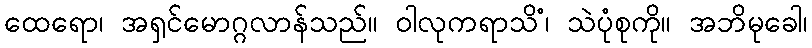
ထေရော၊ အရှင်မောဂ္ဂလာန်သည်။ ဝါလုကရာသိံ၊ သဲပုံစုကို။ အဘိမုခေါ၊